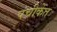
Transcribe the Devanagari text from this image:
पंचीकेत